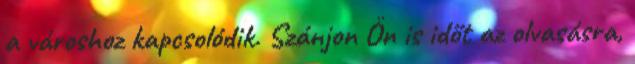
a városhoz kapcsolódik. Szánjon Ön is időt az olvasásra,